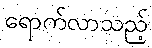
ရောက်လာသည့်